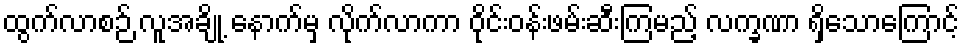
ထွက်လာစဉ် လူအချို့ နောက်မှ လိုက်လာကာ ဝိုင်းဝန်းဖမ်းဆီးကြမည့် လက္ခဏာ ရှိသောကြောင့်